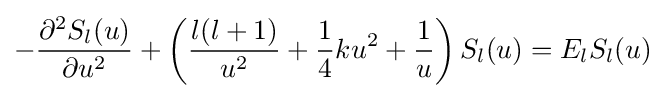
-{\frac {\partial ^{2}S_{l}(u)}{\partial u^{2}}}+\left({\frac {l(l+1)}{u^{2}}}+{\frac {1}{4}}ku^{2}+{\frac {1}{u}}\right)S_{l}(u)=E_{l}S_{l}(u)